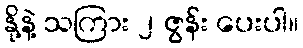
နို့နဲ့ သကြား ၂ ဇွန်း ပေးပါ။